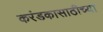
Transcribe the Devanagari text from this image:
करंडकासाठीच्या